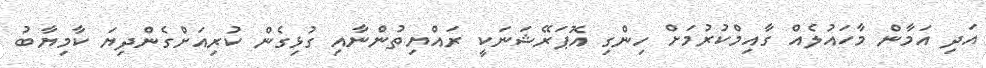
އަދި އަމާން މާހައުލެއް ގާއިމްކުރުމަށް ހިންގި އޮޕަރޭޝަނަކީ ރައްޔިތުންނާއި ގުޅިގެން ކުރިއަށްގެންދިޔަ ކާމިޔާބު